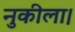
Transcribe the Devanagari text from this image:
नुकीला।